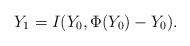
LaTeX: \begin{align*} Y_1 = I(Y_0, \Phi(Y_0) - Y_0). \end{align*}